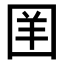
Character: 𪢪